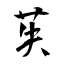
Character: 苵